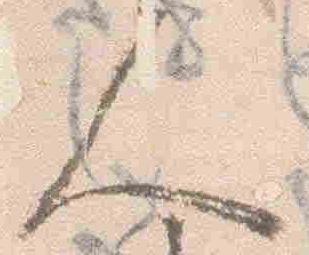
人